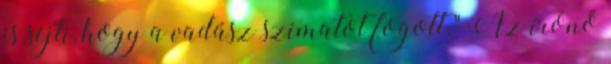
is sejti, hogy a vadász szimatot fogott." Az írónő